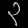
Digit: ၃